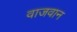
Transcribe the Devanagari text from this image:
वाजवान